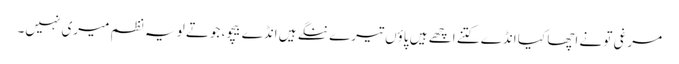
مرغی تو نے اچھا کیا انڈے کتنے اچھے ہیں پاؤں تیرے ننگے ہیں انڈے بیچو، جوتے لو یہ نظم میری نہیں۔